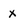
Character: x